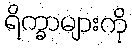
ရိက္ခာများကို